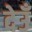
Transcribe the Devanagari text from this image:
देउँ